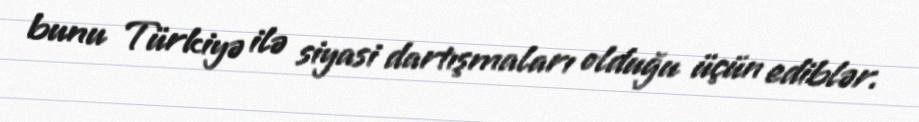
bunu Türkiyə ilə siyasi dartışmaları olduğu üçün ediblər.